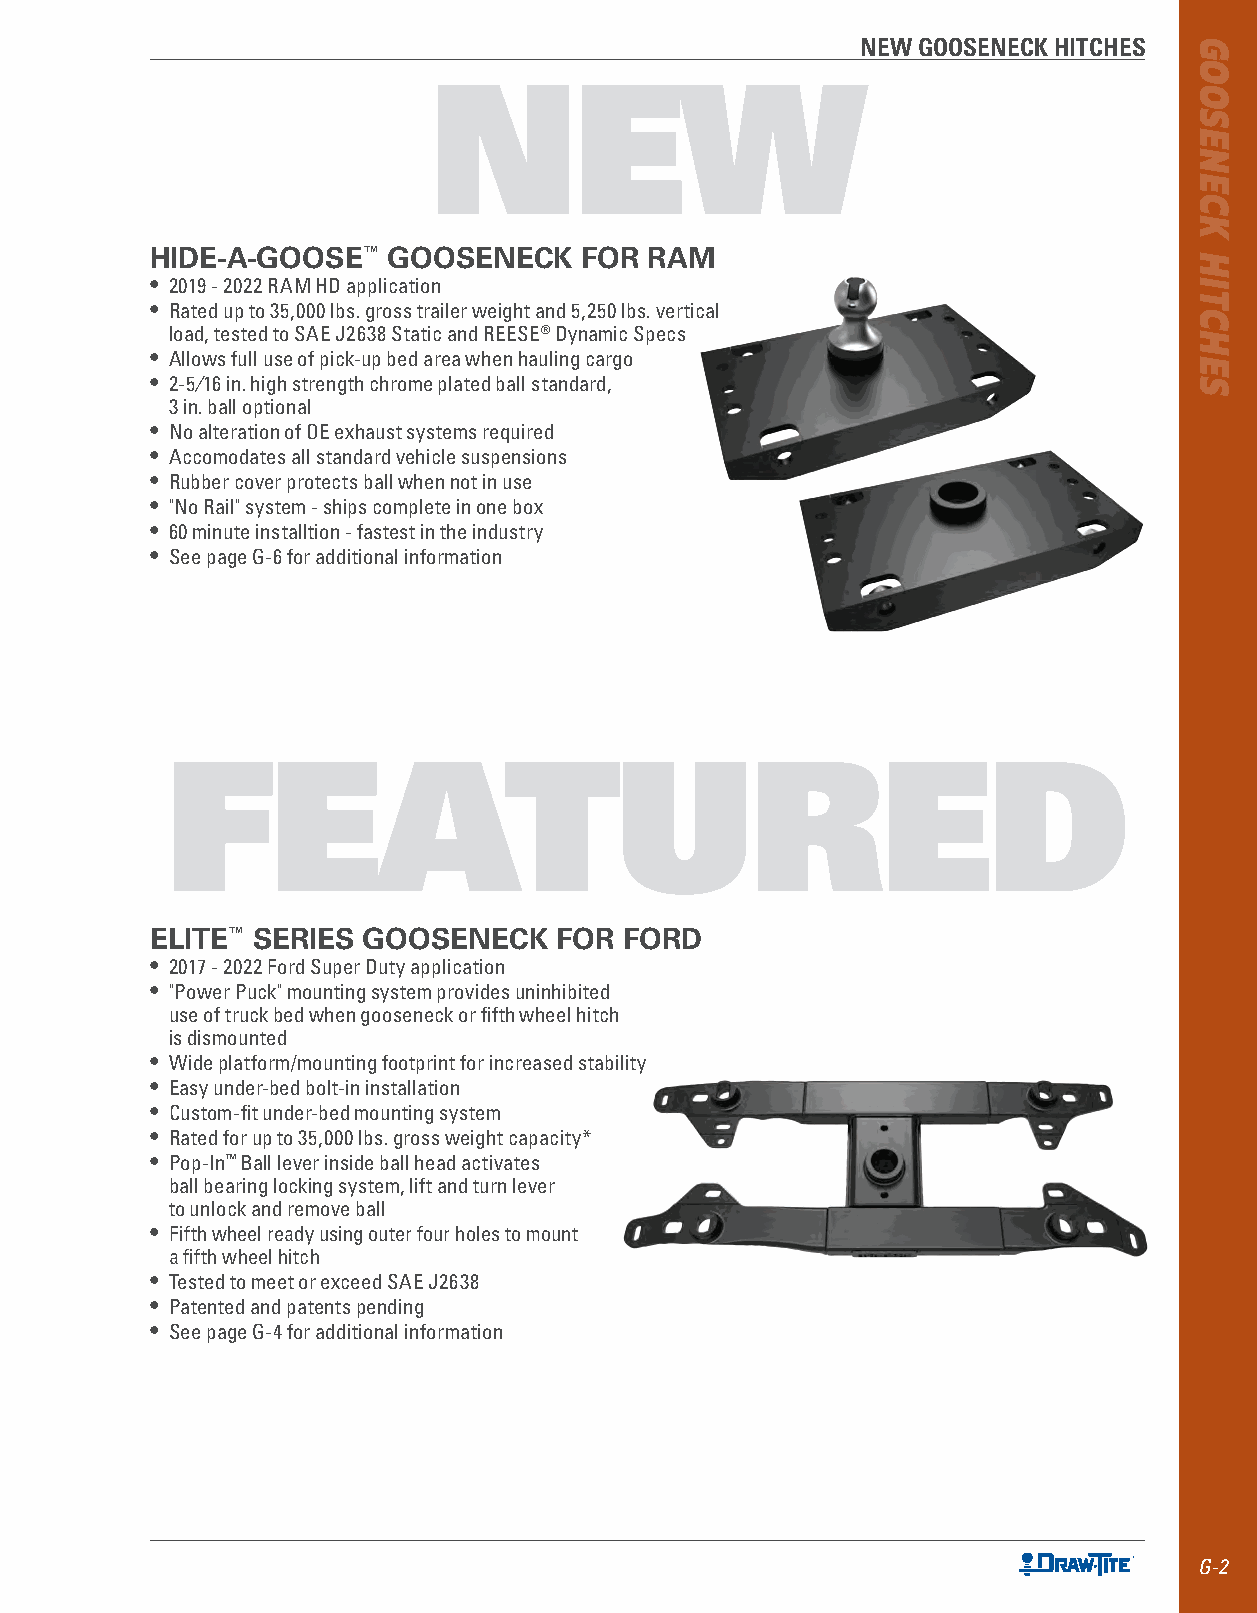
NEW GOOSENECK HITCHES
 NEW
 HIDE-A-GOOSE™   GOOSENECK   FOR  RAM
 • 2019 - 2022 RAM HD application
 • Rated up to 35,000 lbs . gross trailer weight and 5,250 lbs . vertical
 load, tested to SAE J2638 Static and REESE® Dynamic Specs
 • Allows full use of pick-up bed area when hauling cargo
 • 2-5⁄16 in . high strength chrome plated ball standard,
 3 in . ball optional
 • No alteration of OE exhaust systems required
 • Accomodates all standard vehicle suspensions
 • Rubber cover protects ball when not in use
 • "No Rail" system - ships complete in one box
 • 60 minute installtion - fastest in the industry
 • See page G-6 for additional information
 FEATURED
 ELITE™ SERIES GOOSENECK    FOR FORD
 • 2017 - 2022 Ford Super Duty application
 • "Power Puck" mounting system provides uninhibited
 use of truck bed when gooseneck or fifth wheel hitch
 is dismounted
 • Wide platform/mounting footprint for increased stability
 • Easy under-bed bolt-in installation
 • Custom-fit under-bed mounting system
 • Rated for up to 35,000 lbs . gross weight capacity*
 • Pop-In™ Ball lever inside ball head activates
 ball bearing locking system, lift and turn lever
 to unlock and remove ball
 • Fifth wheel ready using outer four holes to mount
 a fifth wheel hitch
 • Tested to meet or exceed SAE J2638
 • Patented and patents pending
 • See page G-4 for additional information
 G-2
 GOOSENECK
 HITCHES